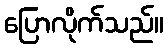
ပြောလိုက်သည်။